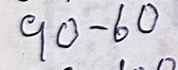
90 - 60